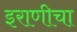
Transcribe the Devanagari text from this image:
इराणीचा